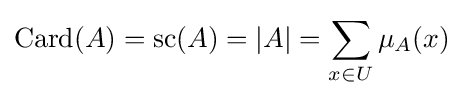
\operatorname {Card} (A)=\operatorname {sc} (A)=|A|=\sum _{x\in U}\mu _{A}(x)